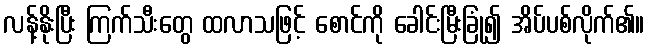
လန့်နိုးပြီး ကြက်သီးတွေ ထလာသဖြင့် စောင်ကို ခေါင်းမြီးခြုံ၍ အိပ်ပစ်လိုက်၏။